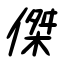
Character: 傑